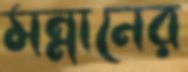
মন্নানের